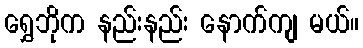
ရွှေဘိုက နည်းနည်း နောက်ကျ မယ်။